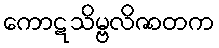
ကောဋသိမ္ဗလိဇာတက